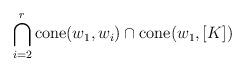
LaTeX: \begin{align*} \bigcap_{i=2}^r{\rm cone}(w_1,w_i) \cap {\rm cone}(w_1,[K]) \end{align*}